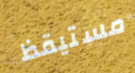
مستيقظ